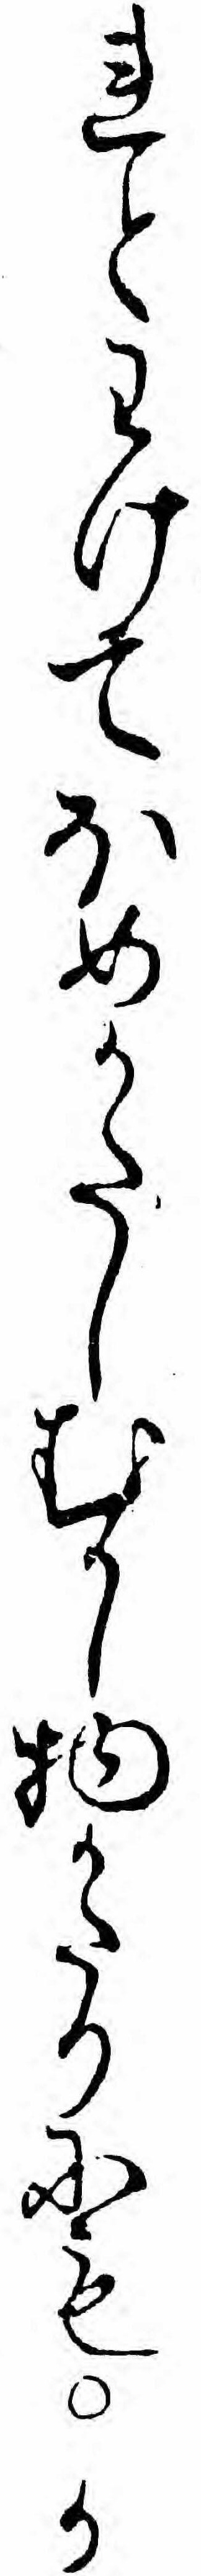
れとわけてほめかたしむかし物かたりにもか